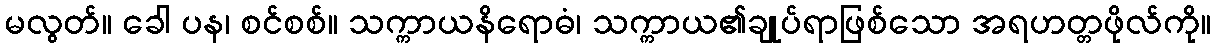
မလွတ်။ ခေါ ပန၊ စင်စစ်။ သက္ကာယနိရောဓံ၊ သက္ကာယ၏ချုပ်ရာဖြစ်သော အရဟတ္တဖိုလ်ကို။